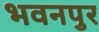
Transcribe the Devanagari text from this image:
भवनपुर